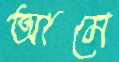
আমে